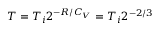
T = T _ { i } 2 ^ { - R / C _ { V } } = T _ { i } 2 ^ { - 2 / 3 }